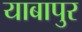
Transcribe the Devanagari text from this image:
याबापुर